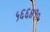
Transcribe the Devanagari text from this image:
५६६४१०